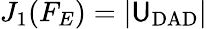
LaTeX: J_{1}(F_{E})=|\mathsf{U}_{\mathrm{{DAD}}}|